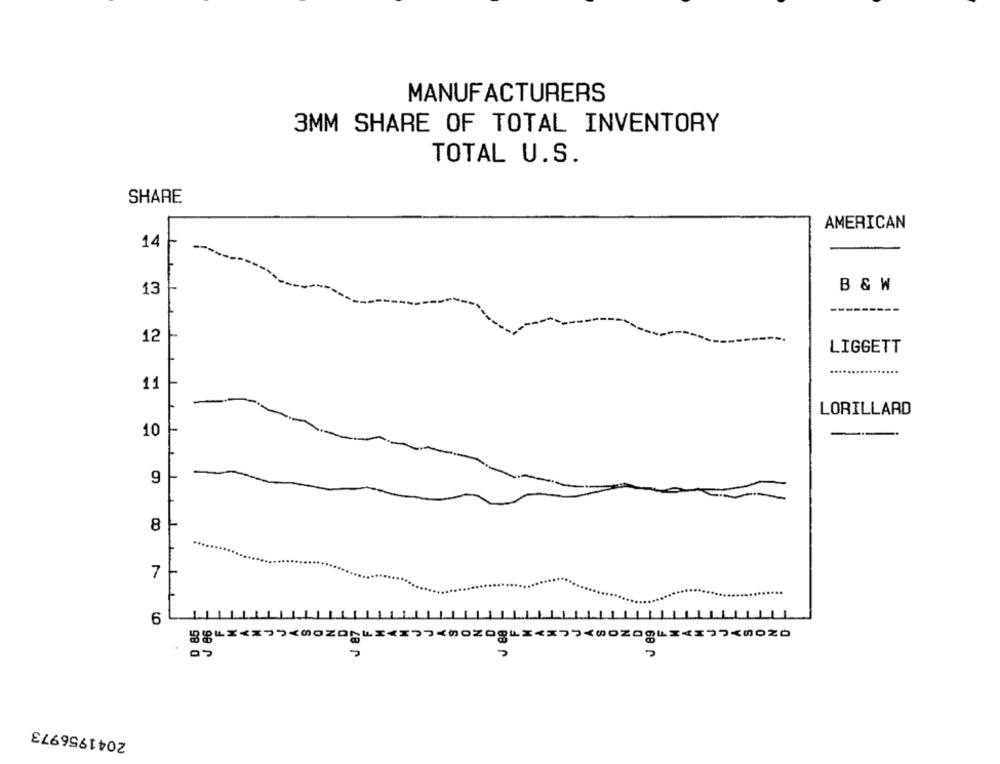
MANUFACTURERS
3MM SHARE OF TOTAL INVENTORY
TOTAL U.S.
SHARE
AMERICAN
14
13
B & W
12
LIGGETT
................
11
LORILLARD
10
9
8
7
6
87
0843<375<00200LI<177<00200LI << >><0020043<3<0020
68 0
2041956973